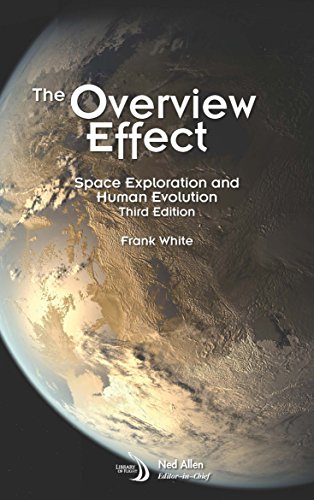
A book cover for The Overview Effect: Space Exploration and Human Evolution (Library of Flight); Frank White; Science & Math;